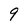
Character: 9